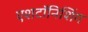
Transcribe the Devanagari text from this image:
एशटॉनिशिंग